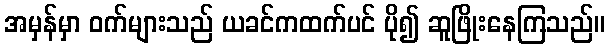
အမှန်မှာ ဝက်များသည် ယခင်ကထက်ပင် ပို၍ ဆူဖြိုးနေကြသည်။